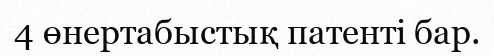
4 өнертабыстық патенті бар.